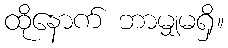
ထိုနောက် ဘာမျှမရှိ။